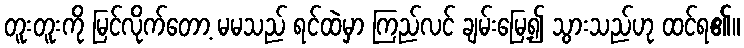
တူးတူးကို မြင်လိုက်တော့ မမသည် ရင်ထဲမှာ ကြည်လင် ချမ်းမြေ့၍ သွားသည်ဟု ထင်ရ၏။